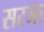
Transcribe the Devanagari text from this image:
सरजा